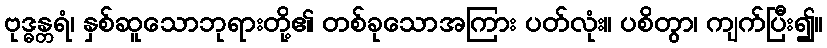
ဗုဒ္ဓန္တရံ၊ နှစ်ဆူသောဘုရားတို့၏ တစ်ခုသောအကြား ပတ်လုံး။ ပစိတွာ၊ ကျက်ပြီး၍။